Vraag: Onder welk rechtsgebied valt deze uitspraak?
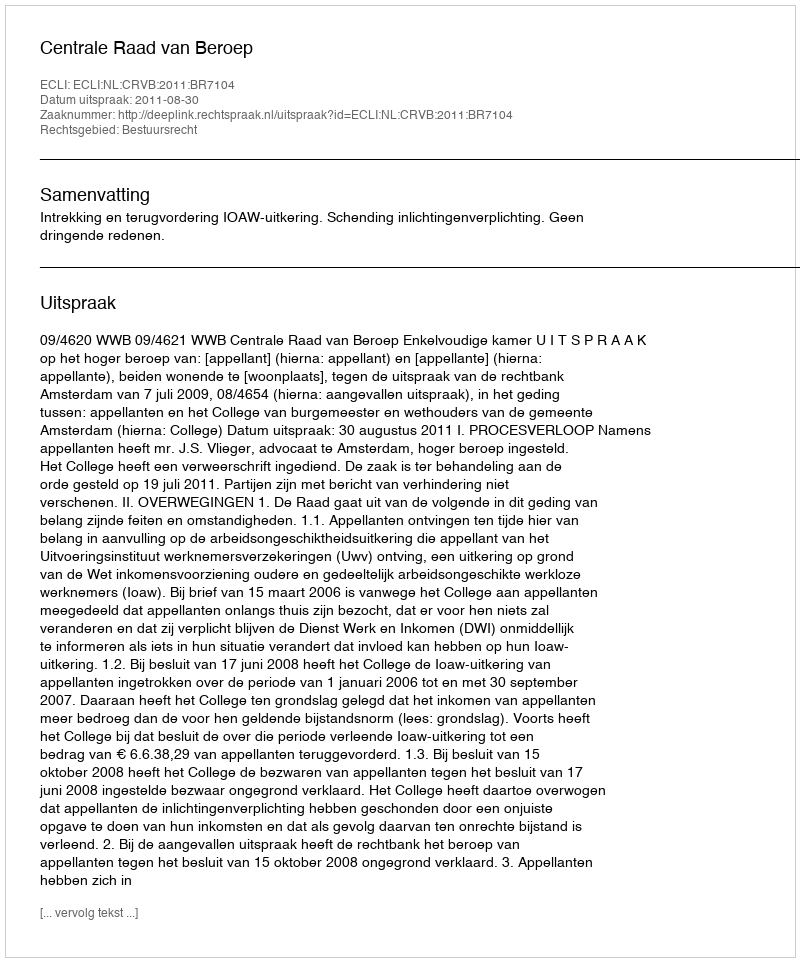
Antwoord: Bestuursrecht